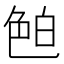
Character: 𦫖